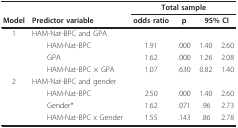
<table><thead><tr><td></td><td></td><td colspan="4"><b>Total sample</b></td></tr><tr><td><b>Model</b></td><td><b>Predictor variable</b></td><td><b>odds ratio</b></td><td><b>p</b></td><td colspan="2"><b>95% CI</b></td></tr></thead><tbody><tr><td>1</td><td>HAM-Nat-BPC and GPA</td><td></td><td></td><td></td><td></td></tr><tr><td></td><td> HAM-Nat-BPC</td><td>1.91</td><td>.000</td><td>1.40</td><td>2.60</td></tr><tr><td></td><td> GPA</td><td>1.62</td><td>.000</td><td>1.26</td><td>2.08</td></tr><tr><td></td><td> HAM-Nat-BPC × GPA</td><td>1.07</td><td>.630</td><td>0.82</td><td>1.40</td></tr><tr><td>2</td><td>HAM-Nat-BPC and gender</td><td></td><td></td><td></td><td></td></tr><tr><td></td><td> HAM-Nat-BPC</td><td>2.50</td><td>.000</td><td>1.40</td><td>2.60</td></tr><tr><td></td><td> Gender*</td><td>1.62</td><td>.071</td><td>.96</td><td>2.73</td></tr><tr><td></td><td> HAM-Nat-BPC x Gender</td><td>1.55</td><td>.143</td><td>.86</td><td>2.78</td></tr></tbody></table>